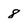
Character: 8